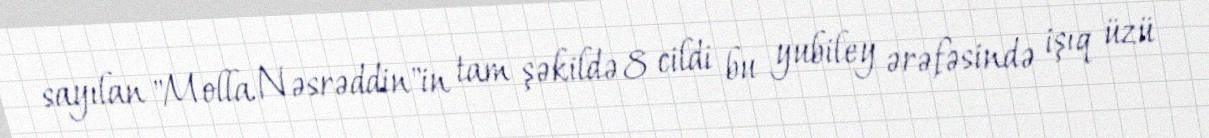
sayılan "Molla Nəsrəddin"in tam şəkildə 8 cildi bu yubiley ərəfəsində işıq üzü